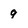
Character: 9